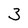
Character: 3